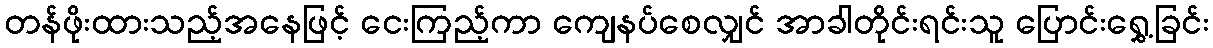
တန်ဖိုးထားသည့်အနေဖြင့် ငေးကြည့်ကာ ကျေနပ်စေလျှင် အာခါတိုင်းရင်းသူ ပြောင်းရွှေ့ခြင်း